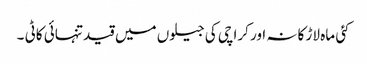
کئی ماہ لاڑ کانہ اور کراچی کی جیلوں میں قید تنہائی کاٹی ۔